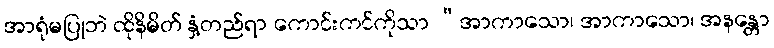
အာရုံမပြုဘဲ ထိုနိမိတ် နှံ့တည်ရာ ကောင်းကင်ကိုသာ “အာကာသော၊ အာကာသော၊ အနန္တော